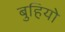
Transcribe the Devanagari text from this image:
बुहियो